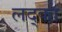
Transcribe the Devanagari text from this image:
लद्का